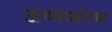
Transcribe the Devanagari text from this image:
ऊष्माक्षेपक